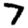
Digit: 7